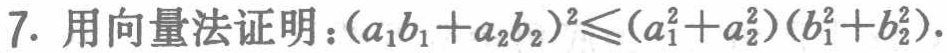
7. 用向量法证明：\((a_{1}b_{1}+a_{2}b_{2})^{2}\leqslant(a_{1}^{2}+a_{2}^{2})(b_{1}^{2}+b_{2}^{2})\).